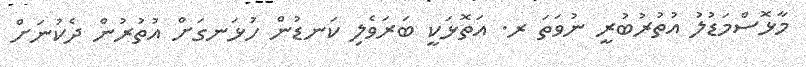
މާޅޮސްމަޑުލު އުތުރުބުރީ ނުވަތަ ރ. އަތޮޅަކީ ބަރަވެލި ކަނޑުން ހުޅަނގަށް އުތުރުން ދެކުނަށް